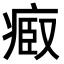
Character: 𤷌